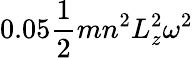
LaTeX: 0.05\frac{1}{2}mn^{2}L_{z}^{2}\omega^{2}